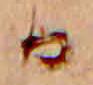
か